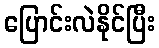
ပြောင်းလဲနိုင်ပြီး